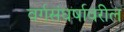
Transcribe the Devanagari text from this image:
वर्गसंघर्षावरील